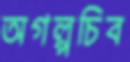
অগল্পচিব